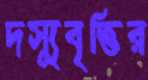
দস্যুবৃত্তির